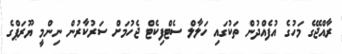
ރާއްޖޭގެ މަހުގެ އުފެއްދުން ތަކުގައި ހަލާލް ސެޓްފިކެޓް ޖެހުމަށް ސަރުކާރުން ނިންމީ ޔޫރަޕްގެ